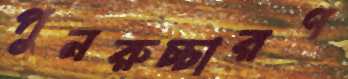
পুনরুচ্চারণ